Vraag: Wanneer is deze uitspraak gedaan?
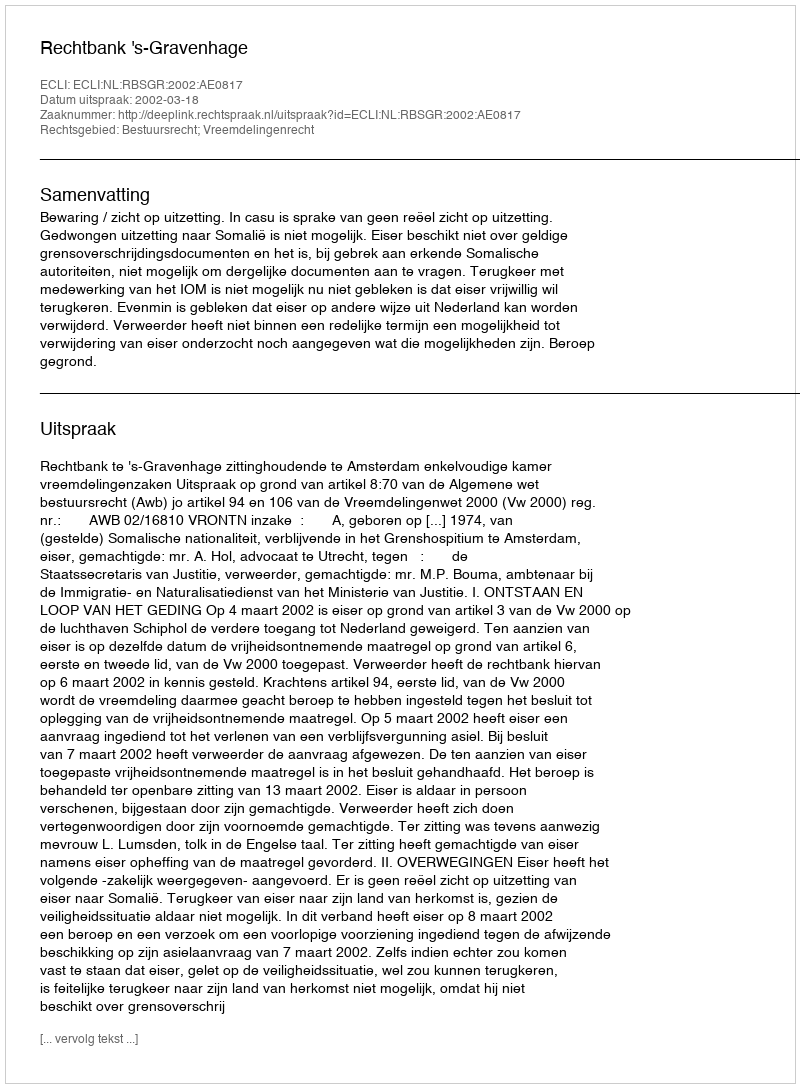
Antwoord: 2002-03-18